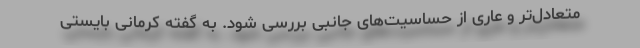
متعادل‌تر و عاری از حساسیت‌های جانبی بررسی شود. به گفته کرمانی بایستی